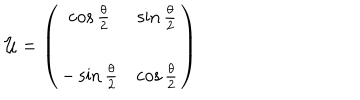
{ \cal { U } } = \left( \begin{array} { c c } { { \cos { \frac { \theta } { 2 } } } } & { { \sin { \frac { \theta } { 2 } } } } \\ { { - \sin { \frac { \theta } { 2 } } } } & { { \cos { \frac { \theta } { 2 } } } } \\ \end{array} \right)